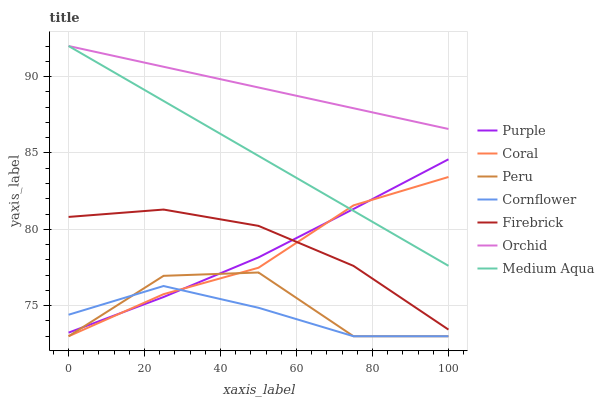
| xaxis_label | Purple | Coral | Peru | Cornflower | Firebrick | Orchid | Medium Aqua |
 | --- | --- | --- | --- | --- | --- | --- | --- |
 | 0 | 73.2 | 73 | 73 | 74.4 | 80.8 | 92 | 92 |
 | 25 | 75.6 | 75.8 | 77 | 76.3 | 81.3 | 90.6 | 88.4 |
 | 50 | 78.2 | 77.5 | 77.2 | 74.9 | 80.2 | 89.3 | 84.8 |
 | 75 | 81.3 | 81.6 | 73 | 73 | 77.6 | 87.9 | 81.2 |
 | 100 | 84.6 | 83.4 | 73 | 73 | 73.4 | 86.6 | 77.6 |